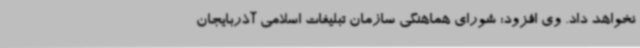
نخواهد داد. وی افزود: شورای هماهنگی سازمان تبلیغات اسلامی آذربایجان